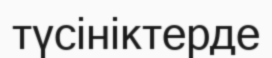
түсініктерде